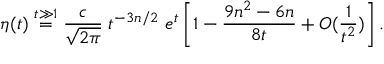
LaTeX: \eta ( t ) \stackrel { t \gg 1 } { = } { \frac { c } { \sqrt { 2 \pi } } } \; t ^ { - 3 n / 2 } \; e ^ { t } \left[ 1 - \frac { 9 n ^ { 2 } - 6 n } { 8 t } + { \cal O } ( { \frac { 1 } { t ^ { 2 } } } ) \right] .